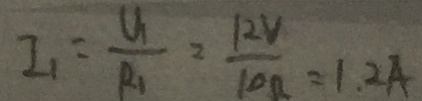
I _ { 1 } = \frac { U _ { 1 } } { R _ { 1 } } = \frac { 1 2 V } { 1 0 \Omega } = 1 . 2 A